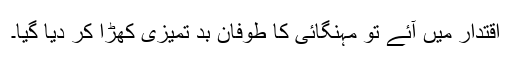
اقتدار میں آئے تو مہنگائی کا طوفان بد تمیزی کھڑا کر دیا گیا۔